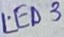
Text: LED3